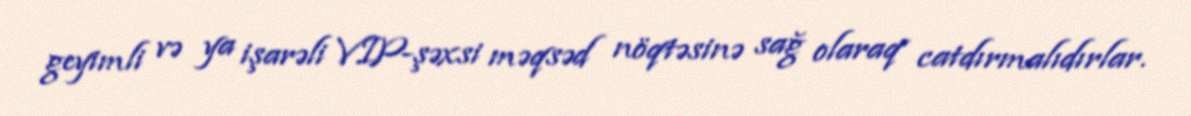
geyimli və ya işarəli VIP-şəxsi məqsəd nöqtəsinə sağ olaraq catdırmalıdırlar.